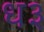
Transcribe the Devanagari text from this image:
ध३